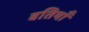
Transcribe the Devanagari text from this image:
बतियाँ